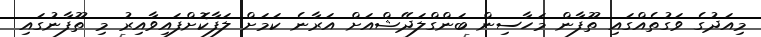
މިއަދުގެ ވަގުތެއްގައި ތޫފާން މަހާސިން ބަންގްލަދޭޝްއަށް އަރާނެ ކަމަށް ލަފާކޮށްފައިވާއިރު މި ތޫފާނުގައި